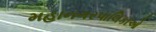
મહાનગરપાલિકાઓ